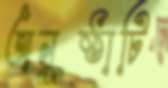
অনুষ্ঠাটি